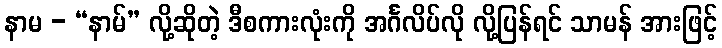
နာမ - “နာမ်” လို့ဆိုတဲ့ ဒီစကားလုံးကို အင်္ဂလိပ်လို လို့ပြန်ရင် သာမန် အားဖြင့်